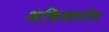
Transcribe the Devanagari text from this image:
अधिजठरीय